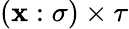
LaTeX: (\mathbf{x}:\sigma)\times\tau